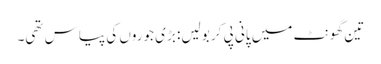
تین گھونٹ میں پانی پی کر بولیں: بڑی جوروں کی پیاس تھی۔